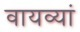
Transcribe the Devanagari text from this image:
वायव्यां